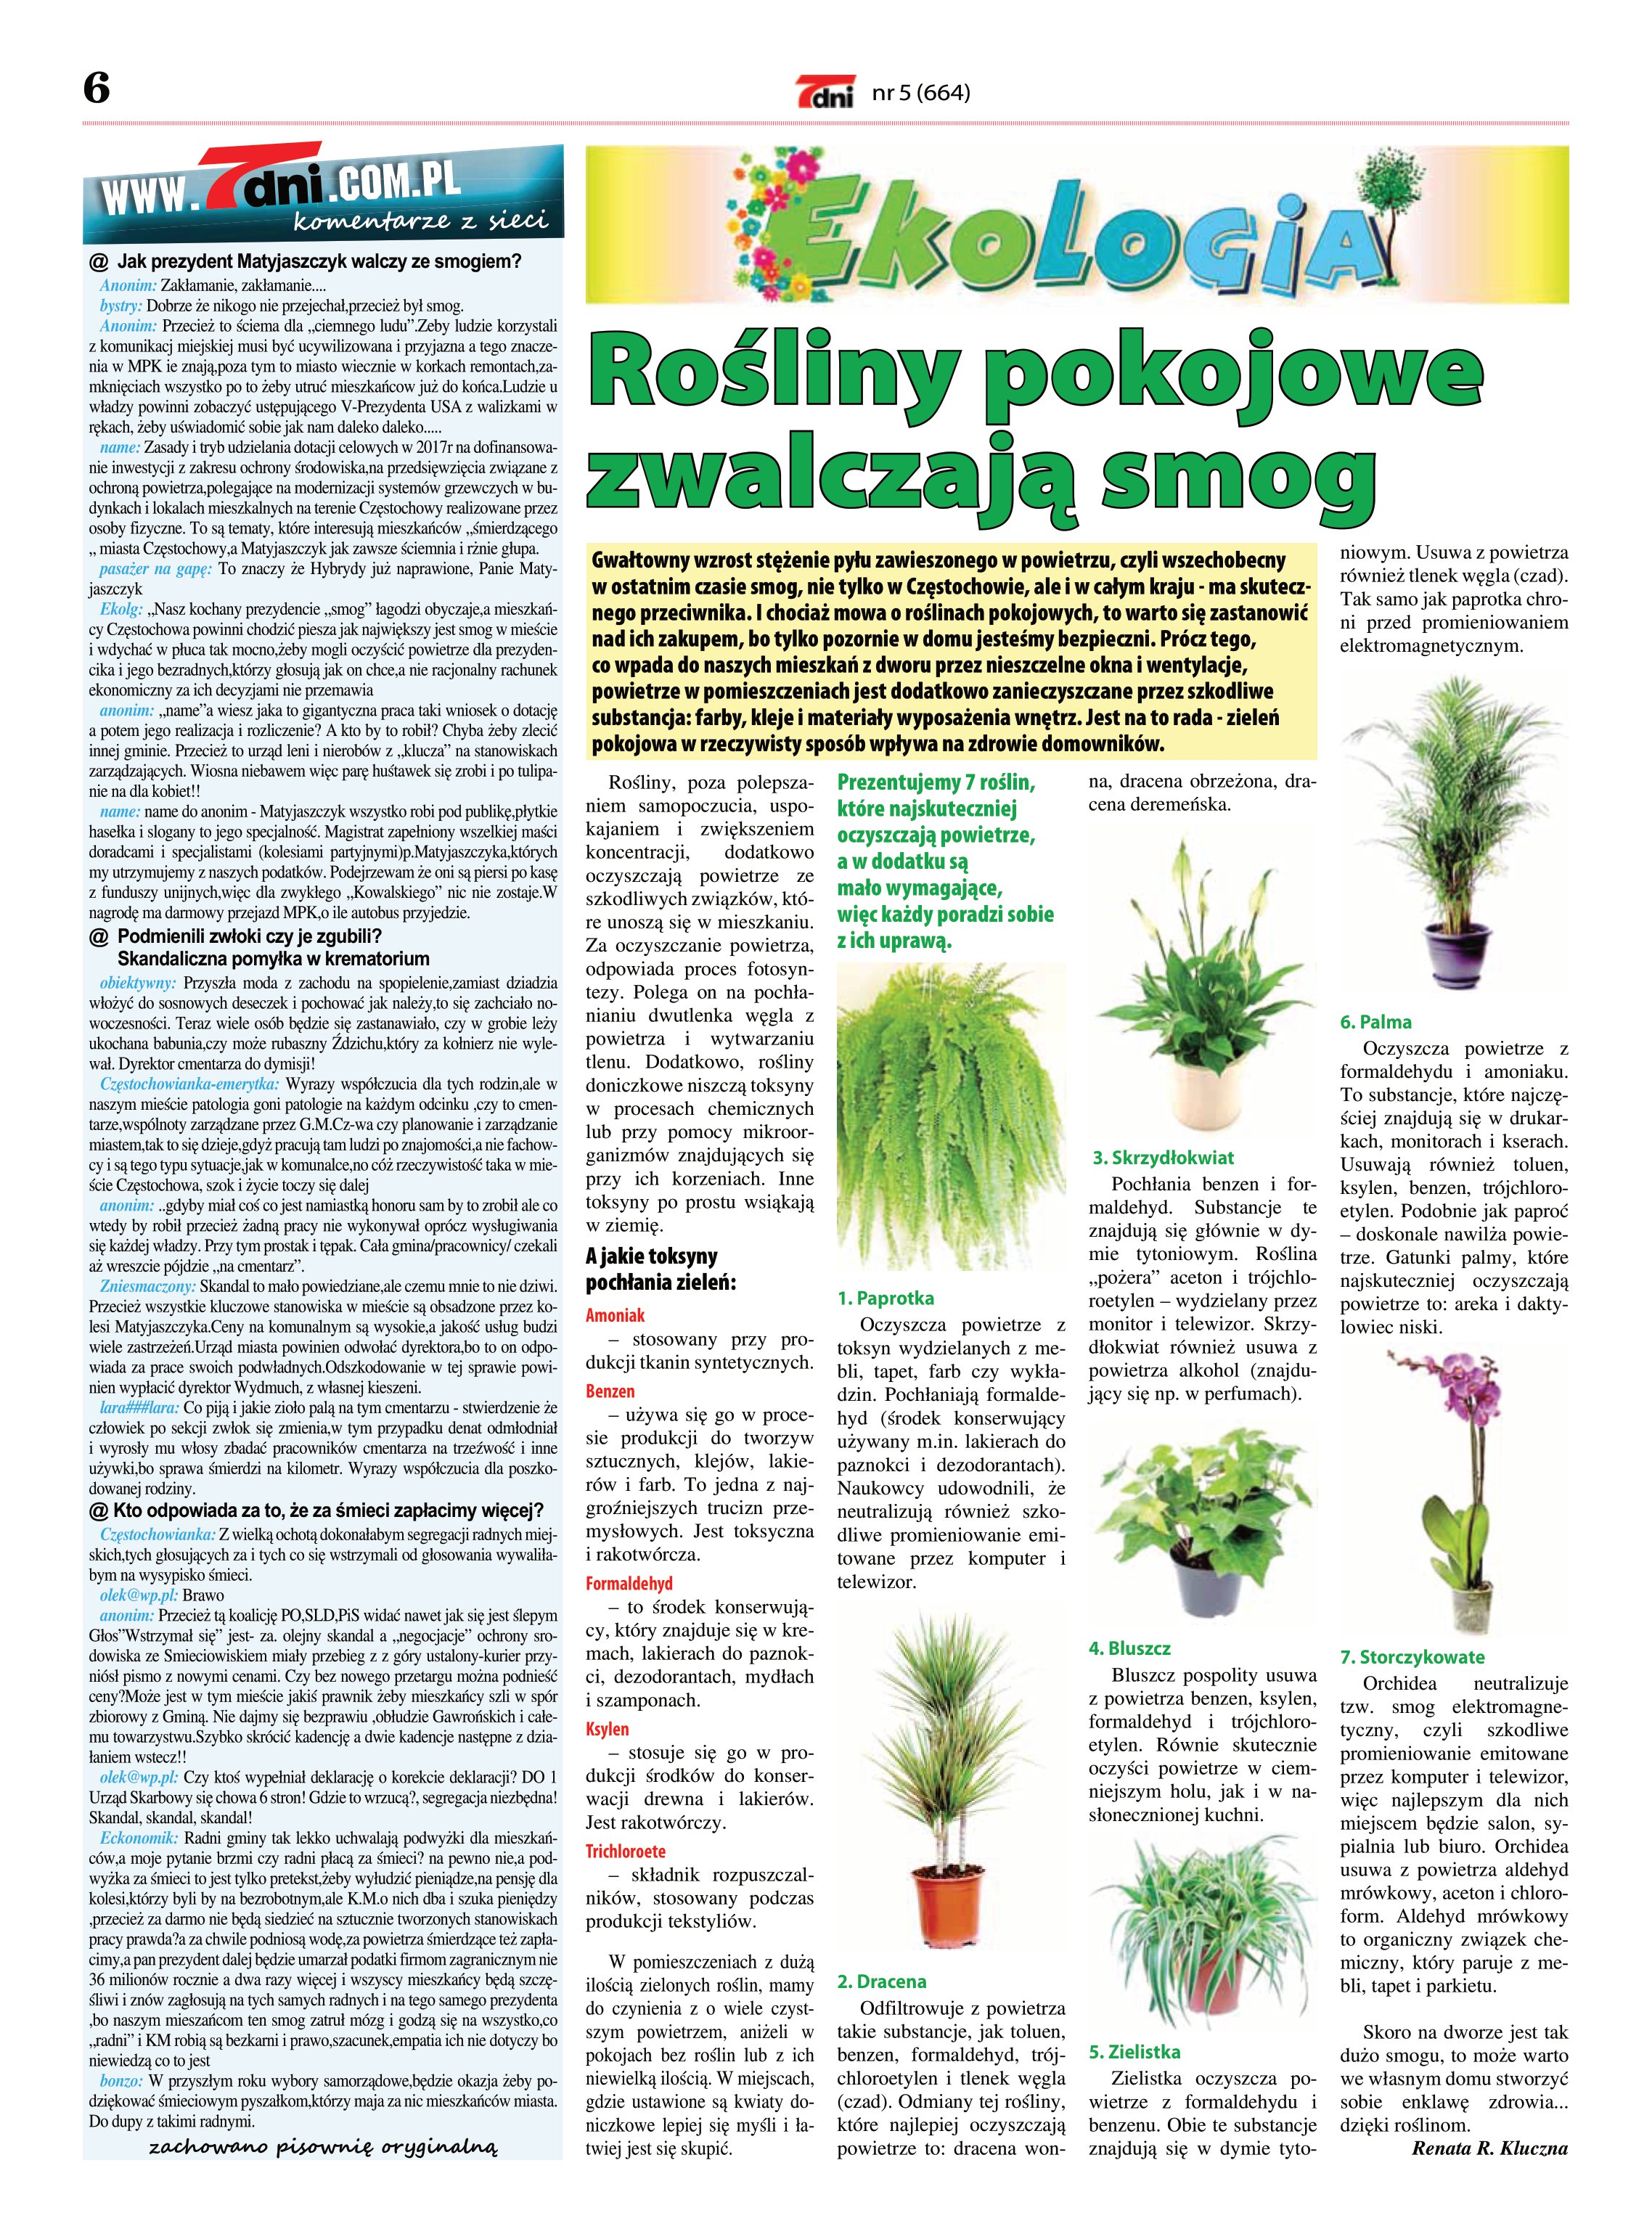
Language: pl